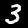
Digit: 3